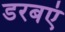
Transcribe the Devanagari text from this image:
डरबएं